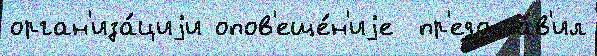
орган'иза́циjи опов'еще́н'иjе  пр'едоста́в'ил